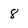
Character: 8